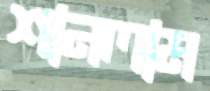
শানলাম